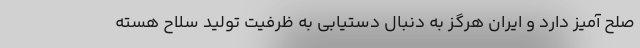
صلح آمیز دارد و ایران هرگز به دنبال دستیابی به ظرفیت تولید سلاح هسته